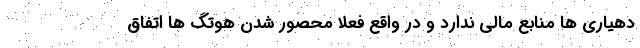
دهیاری ها منابع مالی ندارد و در واقع فعلا محصور شدن هوتگ ها اتفاق